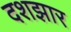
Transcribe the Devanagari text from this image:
दशझार